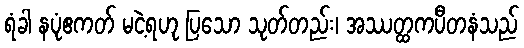
ရံခါ နပုံဧကတ် မငဲ့ရဟု ပြသော သုတ်တည်း၊ အဿတ္ထကပီတနံသည်